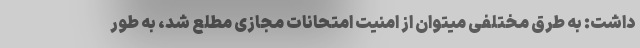
داشت: به طرق مختلفی میتوان از امنیت امتحانات مجازی مطلع شد، به طور